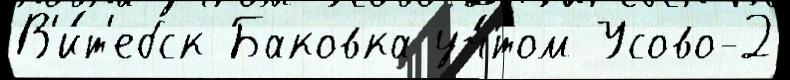
В'и́т'ебск Баковка уч́том Усово-2